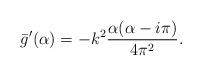
LaTeX: \begin{align*}\bar g^\prime(\alpha )=-k^2{\alpha (\alpha -i\pi )\over 4\pi^2}.\end{align*}